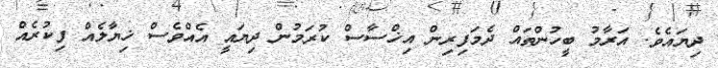
ދިޔައެވެ. އަރާމު ބީހުންތައް ދެމަފިރިން އިޚްސާސް ކުރަމުން ދިޔައީ އެއްވެސް ޚިޔާލެއް ފިކުރެއް